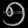
Digit: ၅